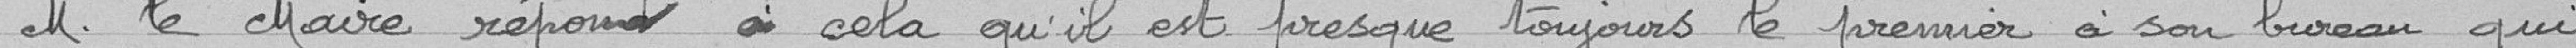
M. le Maire répond à cela qu'il est presque toujours le premier à son bureau qui